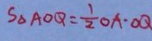
S _ { \Delta A O Q } = \frac { 1 } { 2 } O A \cdot O Q